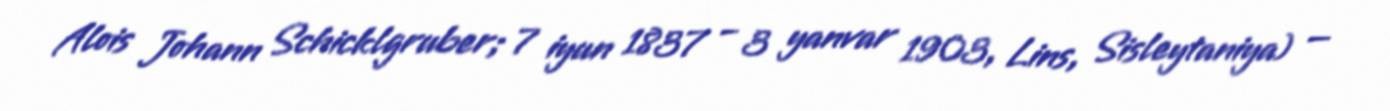
Alois Johann Schicklgruber; 7 iyun 1837 – 3 yanvar 1903, Lins, Sisleytaniya) —